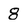
Character: 8